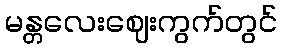
မန္တလေးဈေးကွက်တွင်